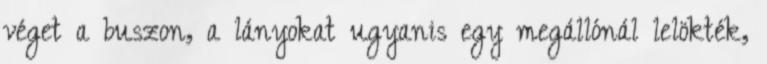
véget a buszon, a lányokat ugyanis egy megállónál lelökték,